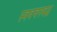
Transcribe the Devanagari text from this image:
स्ववचनबद्ध